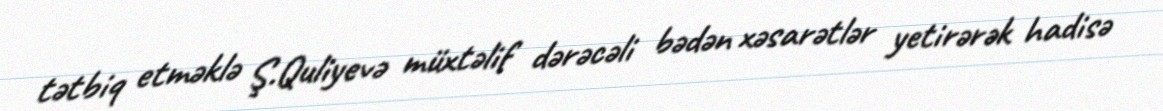
tətbiq etməklə Ş.Quliyevə müxtəlif dərəcəli bədən xəsarətlər yetirərək hadisə